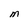
Character: M